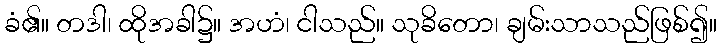
ခံ၏။ တဒါ၊ ထိုအခါ၌။ အဟံ၊ ငါသည်။ သုခိတော၊ ချမ်းသာသည်ဖြစ်၍။